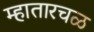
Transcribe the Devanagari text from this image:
म्हातारचळ